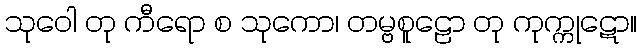
သုဝေါ တု ကီရော စ သုကော၊ တမ္ဗစူဠော တု ကုက္ကုဋော။